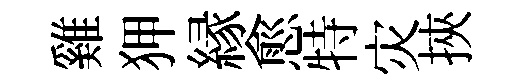
雞狎縁愈特灾挾